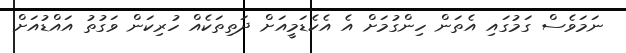
ނަމަވެސް ގަމުގައި އެތަން ހިންގުމަށް އެ އެކެޑަމީއަށް ދަތިތަކެއް ހުރިކަން ވަގުތު އައްޑުއަށް